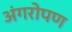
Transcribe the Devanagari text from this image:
अंगरोपण